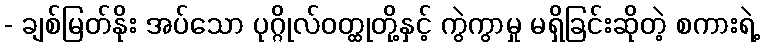
- ချစ်မြတ်နိုး အပ်သော ပုဂ္ဂိုလ်ဝတ္ထုတို့နှင့် ကွဲကွာမှု မရှိခြင်းဆိုတဲ့ စကားရဲ့